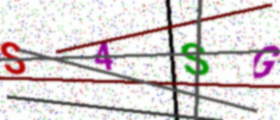
Text: S4SG